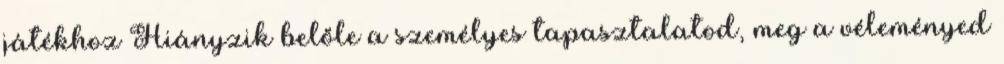
játékhoz Hiányzik belőle a személyes tapasztalatod, meg a véleményed